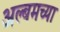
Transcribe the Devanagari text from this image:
अल्बमच्या